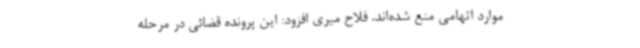
موارد اتهامی منع شده‌اند. فلاح میری افزود: این پرونده قضائی در مرحله